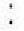
: